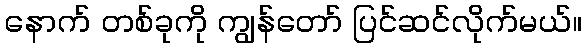
နောက် တစ်ခုကို ကျွန်တော် ပြင်ဆင်လိုက်မယ်။